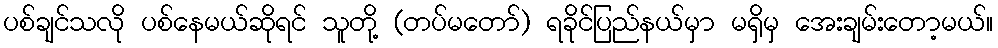
ပစ်ချင်သလို ပစ်နေမယ်ဆိုရင် သူတို့ (တပ်မတော်) ရခိုင်ပြည်နယ်မှာ မရှိမှ အေးချမ်းတော့မယ်။